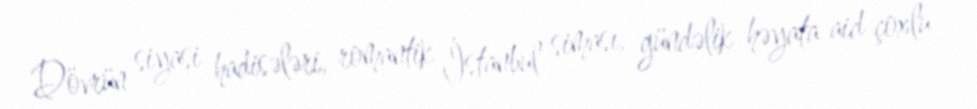
Dövrün siyasi hadisələri, romantik İstanbul siması, gündəlik həyata aid çoxlu